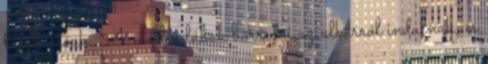
találhatóak: A mellső lábak bőrredői az alkarról indulnak, és